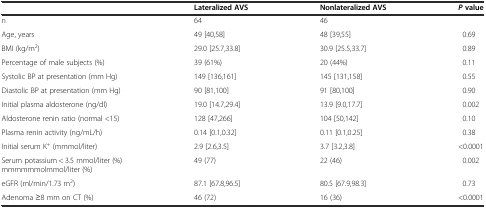
<table><thead><tr><td></td><td><b>Lateralized AVS</b></td><td><b>Nonlateralized AVS</b></td><td><b><i>P</i>value</b></td></tr></thead><tbody><tr><td>n</td><td>64</td><td>46</td><td></td></tr><tr><td>Age, years</td><td>49 [40,58]</td><td>48 [39,55]</td><td>0.69</td></tr><tr><td>BMI (kg/m<sup>2</sup>)</td><td>29.0 [25.7,33.8]</td><td>30.9 [25.5,33.7]</td><td>0.89</td></tr><tr><td>Percentage of male subjects (%)</td><td>39 (61%)</td><td>20 (44%)</td><td>0.11</td></tr><tr><td>Systolic BP at presentation (mm Hg)</td><td>149 [136,161]</td><td>145 [131,158]</td><td>0.55</td></tr><tr><td>Diastolic BP at presentation (mm Hg)</td><td>90 [81,100]</td><td>91 [80,100]</td><td>0.90</td></tr><tr><td>Initial plasma aldosterone (ng/dl)</td><td>19.0 [14.7,29.4]</td><td>13.9 [9.0,17.7]</td><td>0.002</td></tr><tr><td>Aldosterone renin ratio (normal &lt;15)</td><td>128 [47,266]</td><td>104 [50,142]</td><td>0.10</td></tr><tr><td>Plasma renin activity (ng/mL/h)</td><td>0.14 [0.1,0.32]</td><td>0.11 [0.1,0.25]</td><td>0.38</td></tr><tr><td>Initial serum K<sup>+</sup> (mmmol/liter)</td><td>2.9 [2.6,3.5]</td><td>3.7 [3.2,3.8]</td><td>&lt;0.0001</td></tr><tr><td>Serum potassium &lt; 3.5 mmol/liter (%) mmmmmmolmmol/liter (%)</td><td>49 (77)</td><td>22 (46)</td><td>0.002</td></tr><tr><td>eGFR (ml/min/1.73 m<sup>2</sup>)</td><td>87.1 [67.8,96.5]</td><td>80.5 [67.9,98.3]</td><td>0.73</td></tr><tr><td>Adenoma ≥8 mm on CT (%)</td><td>46 (72)</td><td>16 (36)</td><td>&lt;0.0001</td></tr></tbody></table>